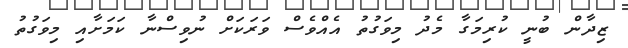
ޒިދާން ބުނީ ކުރިމަގާ މެދު މިވަގުތު އެއްވެސް ވަރަކަށް ނުވިސްނާ ކަމަށާއި މިވަގުތު